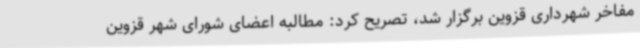
مفاخر شهرداری قزوین برگزار شد، تصریح کرد: مطالبه اعضای شورای شهر قزوین